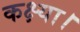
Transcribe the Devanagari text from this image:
कक्ष्या।